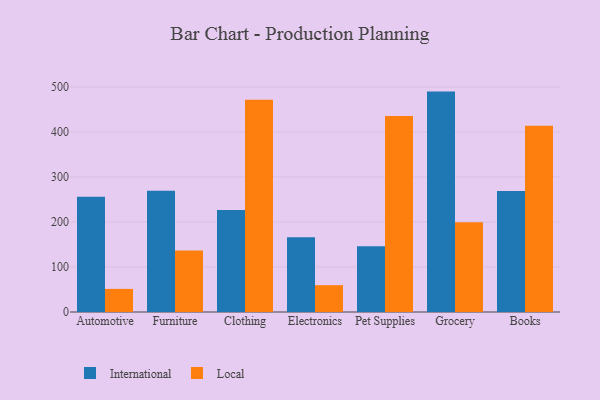
{"axis": {"x": "Category", "y": "Active Users"}, "legend": ["International", "Local"], "data": [{"x": "Automotive", "y": 255.8, "type": "International"}, {"x": "Automotive", "y": 51.3, "type": "Local"}, {"x": "Furniture", "y": 269.4, "type": "International"}, {"x": "Furniture", "y": 136.5, "type": "Local"}, {"x": "Clothing", "y": 226.8, "type": "International"}, {"x": "Clothing", "y": 471.7, "type": "Local"}, {"x": "Electronics", "y": 165.9, "type": "International"}, {"x": "Electronics", "y": 59.6, "type": "Local"}, {"x": "Pet Supplies", "y": 146.2, "type": "International"}, {"x": "Pet Supplies", "y": 435.6, "type": "Local"}, {"x": "Grocery", "y": 489.7, "type": "International"}, {"x": "Grocery", "y": 199.3, "type": "Local"}, {"x": "Books", "y": 268.9, "type": "International"}, {"x": "Books", "y": 413.8, "type": "Local"}]}